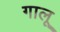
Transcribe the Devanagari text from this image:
गालू